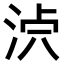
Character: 𣴸